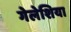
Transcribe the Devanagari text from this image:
गेलेशिया